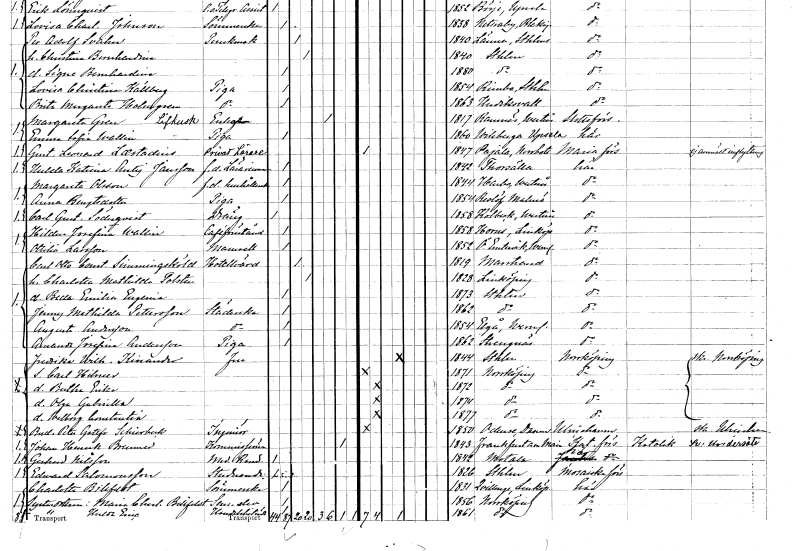
gt_parse: households: individuals: FN: Margareta
EN: Gren
YRKE: Livkusksänka
KON: K
CIV: E
FODAR: 1817
FODFORS: Ramnäs Västmanlands län
FN: Emma Sofia
EN: Wallin
YRKE: Piga
KON: K
CIV: O
FODAR: 1860
FODFORS: Villberga Uppsala län
FN: Gustaf Leonard
EN: Laestadius
YRKE: Privatlärare
KON: M
CIV: O
FODAR: 1847
FODFORS: Pajala Norrbottens län
FN: Hulda Katrina Antigone
EN: Jansson
YRKE: Lärarinna f.d.
KON: K
CIV: O
FODAR: 1842
FODFORS: Torshälla Södermanlands län
FN: Margareta
EN: Olsson
YRKE: Hushållerska f.d.
KON: K
CIV: O
FODAR: 1844
FODFORS: Harbo Västmanlands län
FN: Anna
EN: Bengtsdotter
YRKE: Piga
KON: K
CIV: O
FODAR: 1854
FODFORS: Reslöv Malmöhus län
FN: Carl Gustaf
EN: Söderqvist
YRKE: Dräng
KON: M
CIV: O
FODAR: 1858
FODFORS: Kolbäck Västmanlands län
FN: Hildur Josefina
EN: Wallin
YRKE: Kaféförestånderska
KON: K
CIV: O
FODAR: 1858
FODFORS: Horn Östergötlands län
FN: Ottilia
EN: Larsson
KON: K
CIV: O
FODAR: 1852
FODFORS: Östra Ämtervik Värmlands län
FN: Carl Otto Constantin
EN: Simmingsköld
YRKE: Hotellvärd
KON: M
CIV: G
FODAR: 1819
FODFORS: Marstrand Göteborgs- och Bohuslän
FN: Charlotta Mathilda
EN: Tolsten
KON: K
CIV: G
FODAR: 1828
FODFORS: Linköping Östergötlands län
FN: Bella Emilia Eugenia
KON: K
CIV: O
FODAR: 1873
FODFORS: Stockholm
FN: Jenny Mathilda
EN: Pettersson
YRKE: Städerska
KON: K
CIV: O
FODAR: 1862
FODFORS: Stockholm
FN: Augusta
EN: Andersson
YRKE: Städerska
KON: K
CIV: O
FODAR: 1854
FODFORS: Älgå Värmlands län
FN: Amanda Josefina
EN: Andersson
YRKE: Piga
KON: K
CIV: O
FODAR: 1862
FODFORS: Strängnäs Södermanlands län
FN: Fredrika Wilhelmina
EN: Kinander
KON: K
CIV: G
FODAR: 1844
FODFORS: Stockholm
FN: Carl Hilmer
KON: M
CIV: O
FODAR: 1871
FODFORS: Norrköping Östergötlands län
FN: Bertha Erika
KON: K
CIV: O
FODAR: 1872
FODFORS: Norrköping Östergötlands län
FN: Olga Gabriella
KON: K
CIV: O
FODAR: 1874
FODFORS: Norrköping Östergötlands län
FN: Walborg Constantia
KON: K
CIV: O
FODAR: 1877
FODFORS: Norrköping Östergötlands län
FN: Bud. Peter Gottfrid
EN: Schierbeck
YRKE: Ingenjör
KON: M
CIV: O
FODAR: 1850
FN: Johan Henrik
EN: Brehmer
YRKE: Kommissionär
KON: M
CIV: X
FODAR: 1843
FN: Gerhard
EN: Nilsson
YRKE: Medicine kandidat
KON: M
CIV: O
FODAR: 1842
FODFORS: Motala Östergötlands län
FN: Edward
EN: Salomonsson
YRKE: Studerande
KON: M
CIV: O
FODAR: 1826
FODFORS: Stockholm
FN: Charlotte
EN: Bilefeldt
YRKE: Sömmerska
KON: K
CIV: O
FODAR: 1831
FODFORS: Kvillinge Östergötlands län
FN: Maria Charlotta
EN: Bilefeldt
YRKE: Seminarielev
KON: K
CIV: O
FODAR: 1856
FODFORS: Norrköping Östergötlands län
FN: Hulda Erica
YRKE: Handelsbiträde
KON: K
CIV: O
FODAR: 1861
FODFORS: Norrköping Östergötlands län